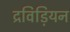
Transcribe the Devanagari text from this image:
द्रविड़ियन